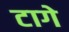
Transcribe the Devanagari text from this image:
टागे